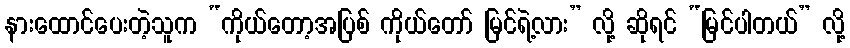
နားထောင်ပေးတဲ့သူက “ကိုယ်တော့အပြစ် ကိုယ်တော် မြင်ရဲ့လား” လို့ ဆိုရင် “မြင်ပါတယ်” လို့